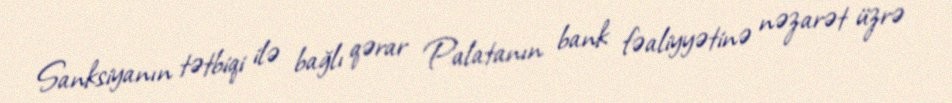
Sanksiyanın tətbiqi ilə bağlı qərar Palatanın bank fəaliyyətinə nəzarət üzrə